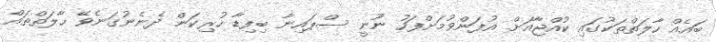
ބައެއް ހާލަތްތަކުގައި ކުއްޖާއަށް އުފަންވުމަށްފަހު ނޫނީ ސްޕައިނާ ބިފިޑާ ހުރިކަން ދެނެނުގަނެވޭ ހާލަތްތައް